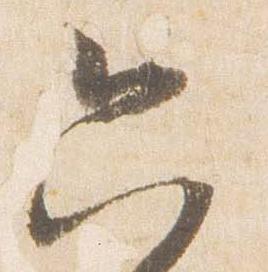
只